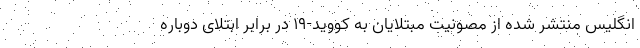
انگلیس منتشر شده از مصونیت مبتلایان به کووید-۱۹ در برابر ابتلای دوباره